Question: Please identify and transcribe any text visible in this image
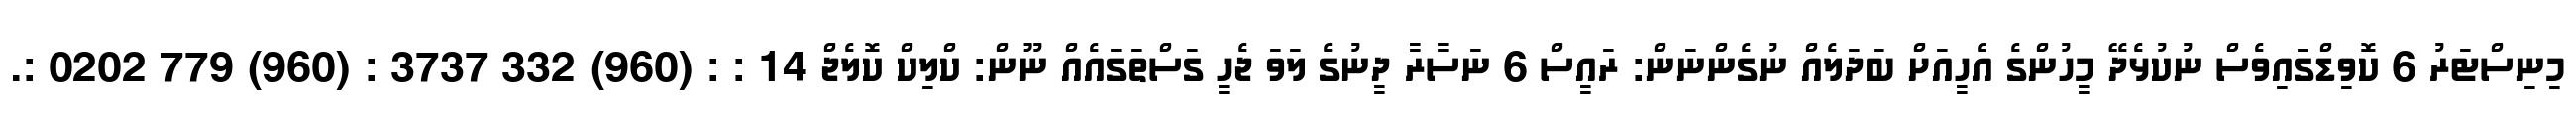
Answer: މިނިސްޓަރު 6 ކޮވިޑްގައިވެސް ނުކުޅެދޭ މީހުންގެ އެހީއަށް ބަދަލެއް ނުގެންނަން: ރައީސް 6 ނަސާރާ ދީނުގެ ލަވަ ޖެހީ ގަސްތަގައެއް ނޫން: ކްލިކް ކޮލެޖް 14 : : (960) 332 3737 : (960) 779 0202 :.